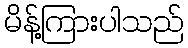
မိန့်ကြားပါသည်